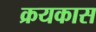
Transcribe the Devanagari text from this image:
क्रयकास